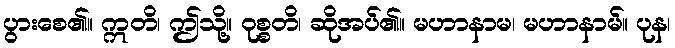
ပွားစေ၏။ ဣတိ၊ ဤသို့။ ဝုစ္စတိ၊ ဆိုအပ်၏။ မဟာနာမ၊ မဟာနာမ်။ ပုန၊